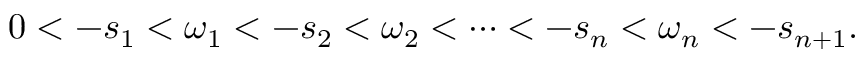
0 < - s _ { 1 } < \omega _ { 1 } < - s _ { 2 } < \omega _ { 2 } < \cdots < - s _ { n } < \omega _ { n } < - s _ { n + 1 } .